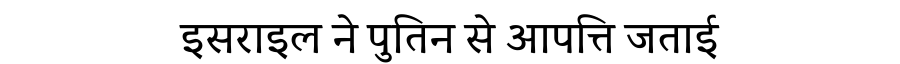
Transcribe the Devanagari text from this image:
इसराइल ने पुतिन से आपत्ति जताई